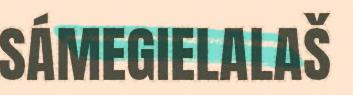
SÁMEGIELALAŠ